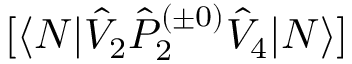
[ \langle N | \hat { V } _ { 2 } \hat { P } _ { 2 } ^ { ( \pm 0 ) } \hat { V } _ { 4 } | N \rangle ]